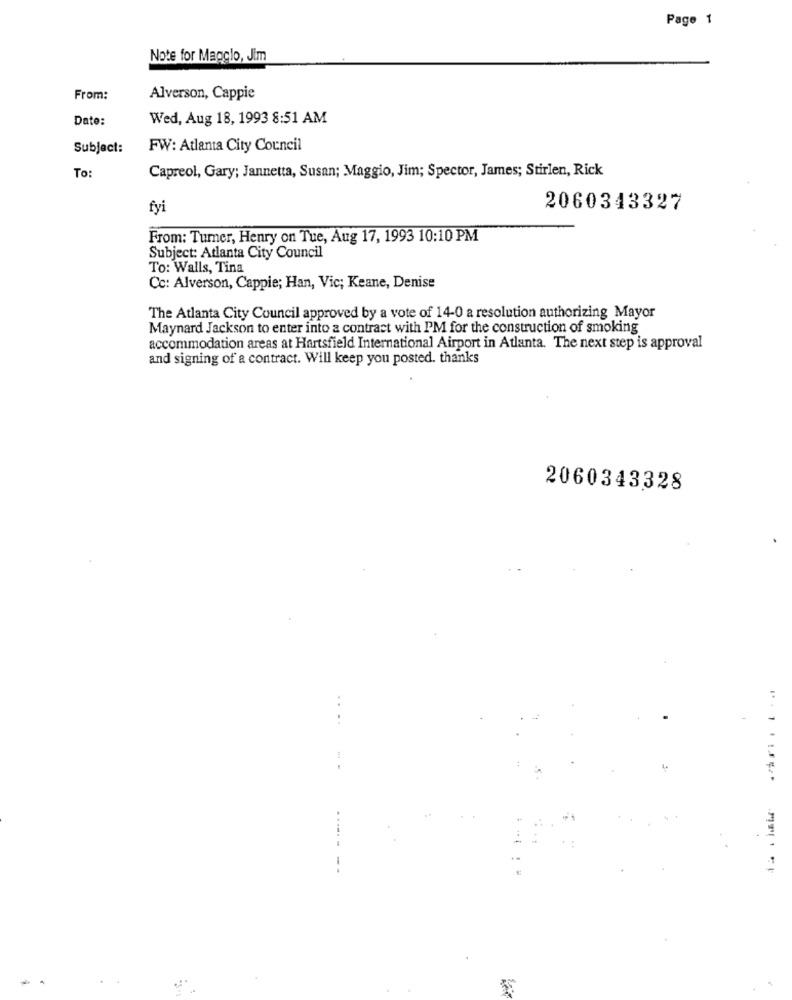
Page 1
Note for Maggio, Jim
From:
Alverson, Cappie
Date:
Wed, Aug 18, 1993 8:51 AM
Subject:
FW: Atlanta City Council
Capreol, Gary; Jannetta, Susan; Maggio, Jim; Spector, James; Stirlen, Rick
To:
fyi
2060343327
From: Turner, Henry on Tue, Aug 17, 1993 10:10 PM
Subject: Atlanta City Council
To: Walls, Tina
Cc: Alverson, Cappie; Han, Vic; Keane, Denise
The Atlanta City Council approved by a vote of 14-0 a resolution authorizing Mayor
Maynard Jackson to enter into a contract with PM for the construction of smoking
accommodation areas at Hartsfield International Airport in Atlanta. The next step is approval
and signing of a contract. Will keep you posted. thanks
2060343328
..
** ists
-- --